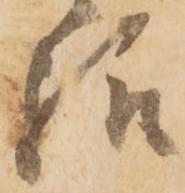
給